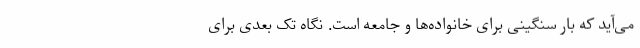
می‌آید که بار سنگینی برای خانواده‌ها و جامعه است. نگاه تک بعدی برای